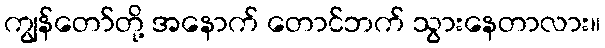
ကျွန်တော်တို့ အနောက် တောင်ဘက် သွားနေတာလား။